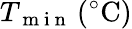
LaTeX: T_{\mathrm{~m~i~n~}}\, (^{\circ}\mathrm{C})